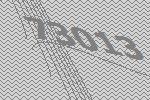
73013